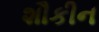
શૌકીન